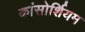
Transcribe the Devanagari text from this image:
कांसोर्शियम